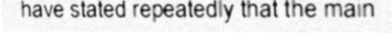
have stated repeatedly that the main